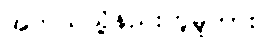
အဘယ်သို့နည်းဟူမူကား